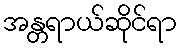
အန္တရာယ်ဆိုင်ရာ